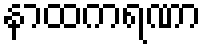
နာထကရဏာ